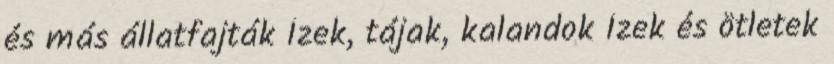
és más állatfajták Ízek, tájak, kalandok Ízek és ötletek